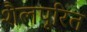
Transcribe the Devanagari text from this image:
शैलपूरित